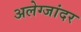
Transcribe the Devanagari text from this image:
अलेग्जांदर